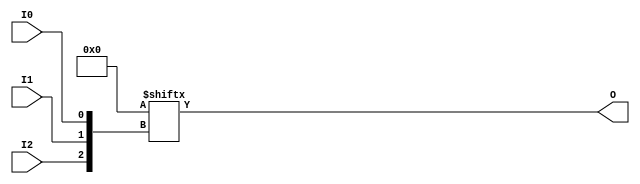
// $Header: /devl/xcs/repo/env/Databases/CAEInterfaces/verunilibs/data/unisims/LUT3.v,v 1.6 2005/03/14 22:32:54 yanx Exp $
///////////////////////////////////////////////////////////////////////////////
// Copyright (c) 1995/2004 Xilinx, Inc.
// All Right Reserved.
///////////////////////////////////////////////////////////////////////////////
//   ____  ____
//  /   /\/   /
// /___/  \  /    Vendor : Xilinx
// \   \   \/     Version : 8.1i (I.13)
//  \   \         Description : Xilinx Functional Simulation Library Component
//  /   /                  3-input Look-Up-Table with General Output
// /___/   /\     Filename : LUT3.v
// \   \  /  \    Timestamp : Thu Mar 25 16:42:54 PST 2004
//  \___\/\___\
//
// Revision:
//    03/23/04 - Initial version.
//    02/04/05 - Rev 0.0.1 Replace premitive with function; Remove buf.
// End Revision

`timescale  100 ps / 10 ps


module LUT3 (O, I0, I1, I2);

    parameter INIT = 8'h00;

    input I0, I1, I2;

    output O;

    reg O;
    reg tmp;
  
    always @(  I2 or  I1 or  I0 )  begin
      tmp =  I0 ^ I1  ^ I2;
      if ( tmp == 0 || tmp == 1)
           O = INIT[{I2, I1, I0}];
      else
           O = lut3_mux4 ( {1'b0, 1'b0, lut3_mux4 (INIT[7:4], {I1, I0}),
                          lut3_mux4 (INIT[3:0], {I1, I0}) }, {1'b0, I2});
    end

  function lut3_mux4;
  input [3:0] d;
  input [1:0] s;

  begin
       if ((s[1]^s[0] ==1) || (s[1]^s[0] ==0))
           lut3_mux4 = d[s];
         else if ((d[0] === d[1]) && (d[2] === d[3]) && (d[0] === d[2]))
           lut3_mux4 = d[0];
         else if ((s[1] == 0) && (d[0] === d[1]))
           lut3_mux4 = d[0];
         else if ((s[1] == 1) && (d[2] === d[3]))
           lut3_mux4 = d[2];
         else if ((s[0] == 0) && (d[0] === d[2]))
           lut3_mux4 = d[0];
         else if ((s[0] == 1) && (d[1] === d[3]))
           lut3_mux4 = d[1];
         else
           lut3_mux4 = 1'bx;
   end
   endfunction

endmodule